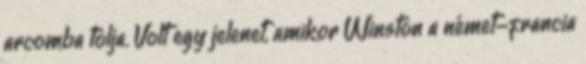
arcomba tolja. Volt egy jelenet, amikor Winston a német-francia